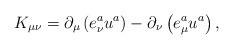
LaTeX: \begin{align*}K_{\mu \nu }=\partial _\mu \left( e_\nu ^au^a\right) -\partial_\nu \left( e_\mu ^au^a\right) , \end{align*}